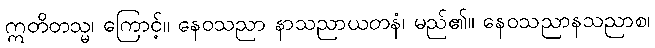
ဣတိတသ္မ၊ ကြောင့်။ နေဝသညာ နာသညာယတနံ၊ မည်၏။ နေဝသညာနသညာစ၊